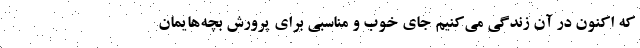
که اکنون در آن زندگی می‌کنیم جای خوب و مناسبی برای پرورش بچه‌هایمان